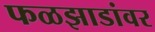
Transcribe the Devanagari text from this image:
फळझाडांवर